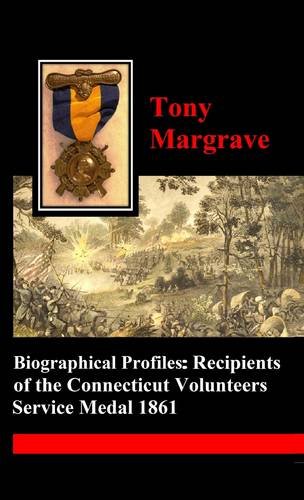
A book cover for Biographical Profiles: Recipients of the Connecticut Volunteers Service Medal 1861; Tony Margrave; Biographies & Memoirs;